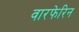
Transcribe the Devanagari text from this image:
वारफेरिन